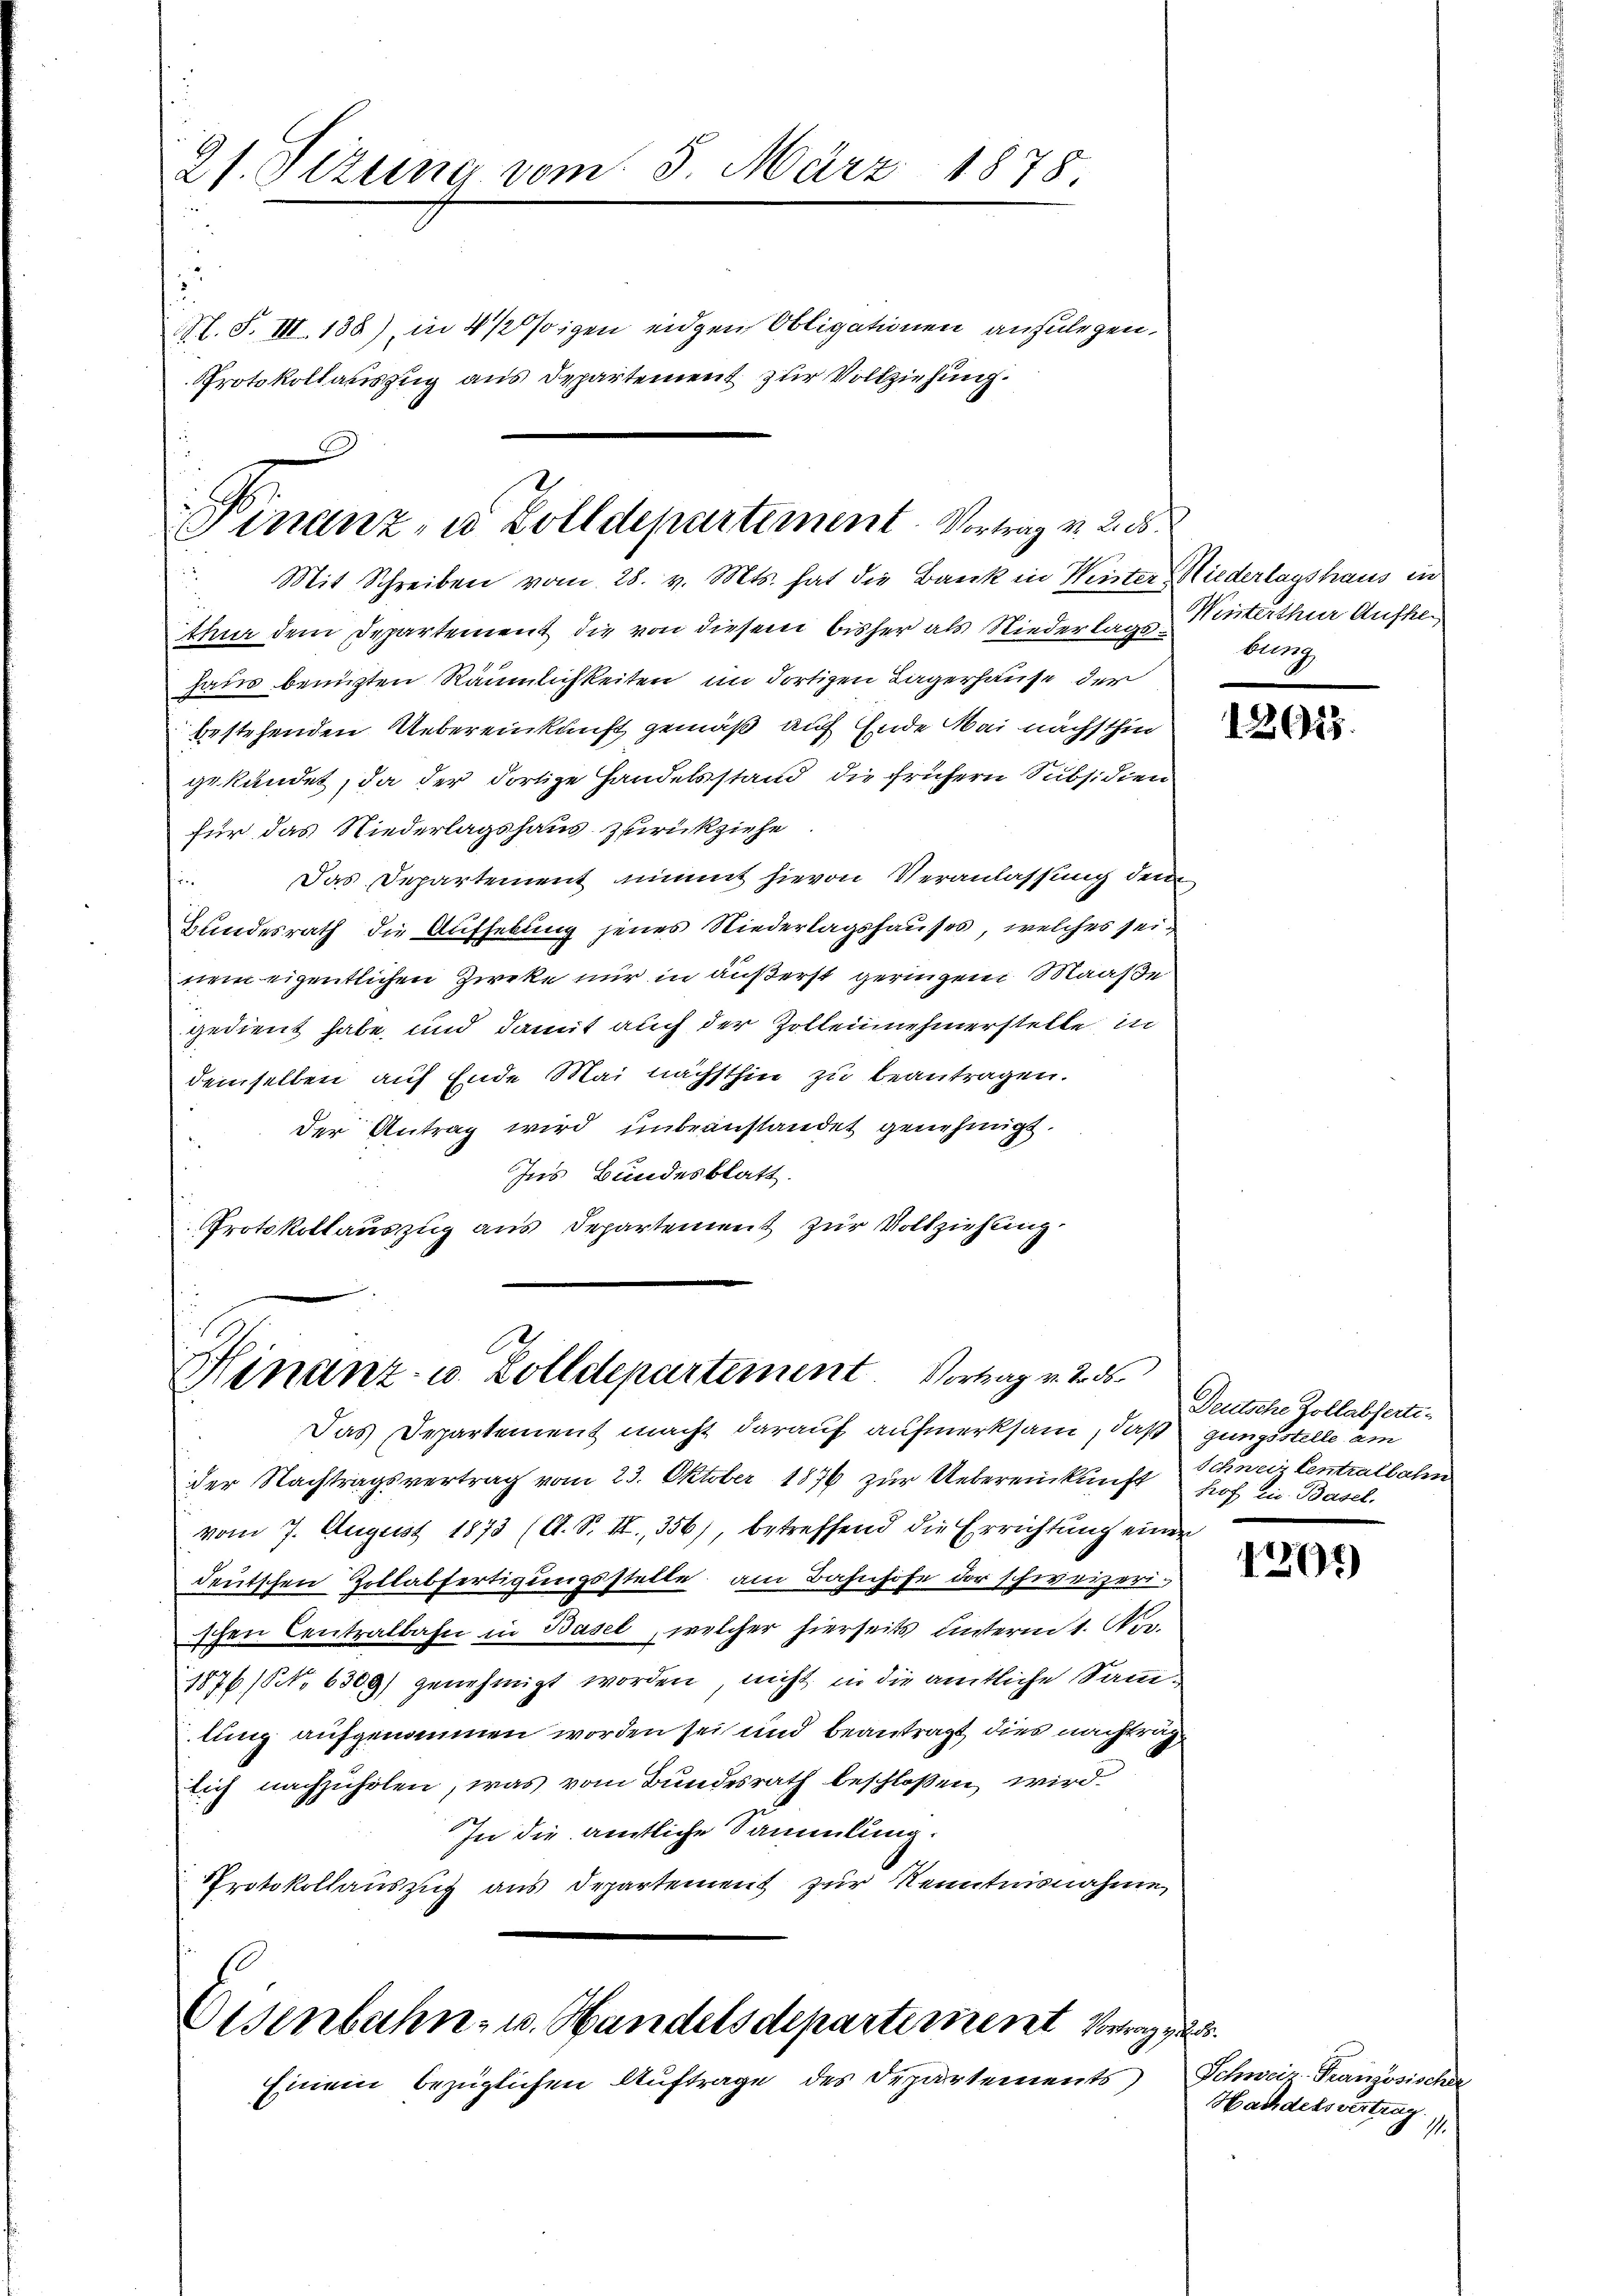
21. Sizung vom 3. März 1878

Protokollauszug aus Departement zur Vollziehung.

l. S. VII 138) in 4 1/2 figen eidgen Obligationen anzulegen,

Finanz, in Zolldepartement. Vortrag v. 2. d.
 Mit Schreiben vom 28. v. Mts. hat die Bank in Winter Niederlagshaus in

Hinanz- u. Zolldepartement. Vortrag v. 2. ds.

thur dem Departement die von diesem bisher als Niederlags Winterthur Aufhehain benuzten Räumlichkeiten im dortigen Lagerhause der
bestehenden Uebereinkunft gemäß auf Ende Mai nächsthin
gekündet, da der dortige Handelsstand die frühern Subsidien
für das Niederlagshaus zurückziehe
 Das Departement nimmt hievon Veranlassung dem
Bundesrath die Aufhebung jenes Niederlagshauses, welches seinem eigentlichen Zweke nur in äußerst geringen Maaße
gedient habe, und damit auch der Zollennehmerstelle in
demselben auf Ende Mai nächsthin zu beantragen.
der Antrag wird unbeanstandet genehmigt.
Ins Bundesblatt.
Protokollauszug aus Departement zur Vollziehung

Das Departement macht darauf aufmerksam, daß gungsstelle am
der Nachtragsvertrag vom 23. Oktober 1876 zur Uebereinkunft Hof zu Basel.
vom 7. August 1873 (A. S. II., 356), betreffend die Errichtung einer
deutschen Zollabfertigungsstelle am Bahnhofe der schweizerischen Centralbahn in Basel, welcher hierseits unterm 1. Nov.
1876 (NNo. 6309) genehmigt worden, nicht in die amtliche Samlung aufgenommen worden sei und beantragt dies nachtrag
lich nachzuholen, was vom Bundesrath beschlossen wird.
In die amtliche Sammlung.
Protokollauszug aus Departement zur Kenntnisnahme,

Eisenbahn- u. Handelsdepartement Vorrag
Einem bezüglichen Auftrage des Departements)

brugg

12623.

Deutsche Zollabferti-
Schweiz Centralbahn

1291)

afl.
Schweiz. Französische
Hachdelsvertrag
§. 11.